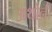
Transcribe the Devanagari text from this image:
अंथोनी